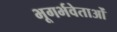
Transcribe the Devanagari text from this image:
भूगर्भवेताओं